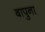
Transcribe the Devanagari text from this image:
बापुना